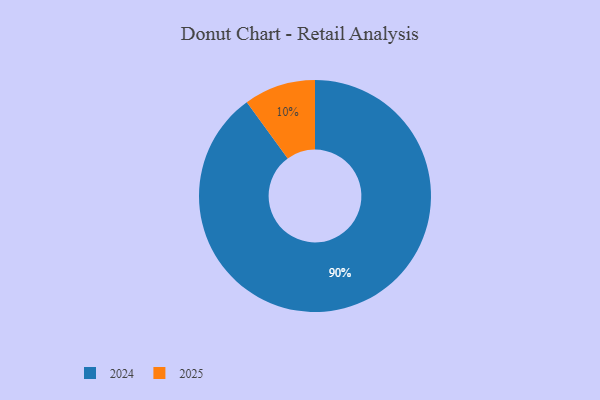
{"axis": {"x": "Category", "y": "Percentage"}, "legend": ["2024", "2025"], "data": [{"x": "2024", "y": 90, "type": "2024"}, {"x": "2025", "y": 10, "type": "2025"}]}